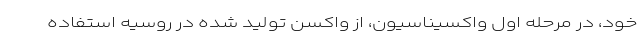
خود، در مرحله اول واکسیناسیون، از واکسن تولید شده در روسیه استفاده